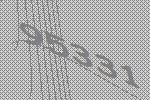
95331